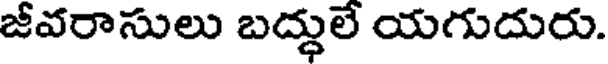
జీవరాసులు బద్ధులే యగుదురు.